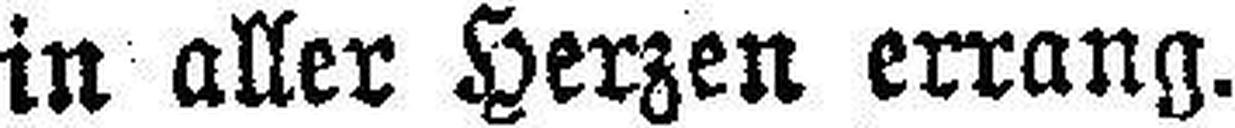
in aller Herzen errang.